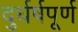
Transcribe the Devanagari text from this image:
दुर्धर्षपूर्ण